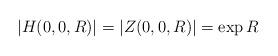
LaTeX: \begin{align*}|H(0,0,R)|= |Z(0,0,R)|=\exp R\end{align*}